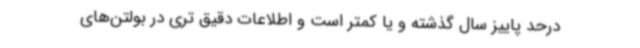
درحد پاییز سال گذشته و یا کمتر است و اطلاعات دقیق تری در بولتن‌های